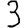
Digit: 3